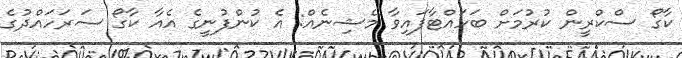
ކާގޯ ސްކްރީން ކުރުމަށް ބަހައްޓާފައިވާ މެޝިނެއް: އެ ކުންފުނީގެ އެއާ ކާގޯ ސަރަހައްދުގެ